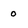
Character: 0